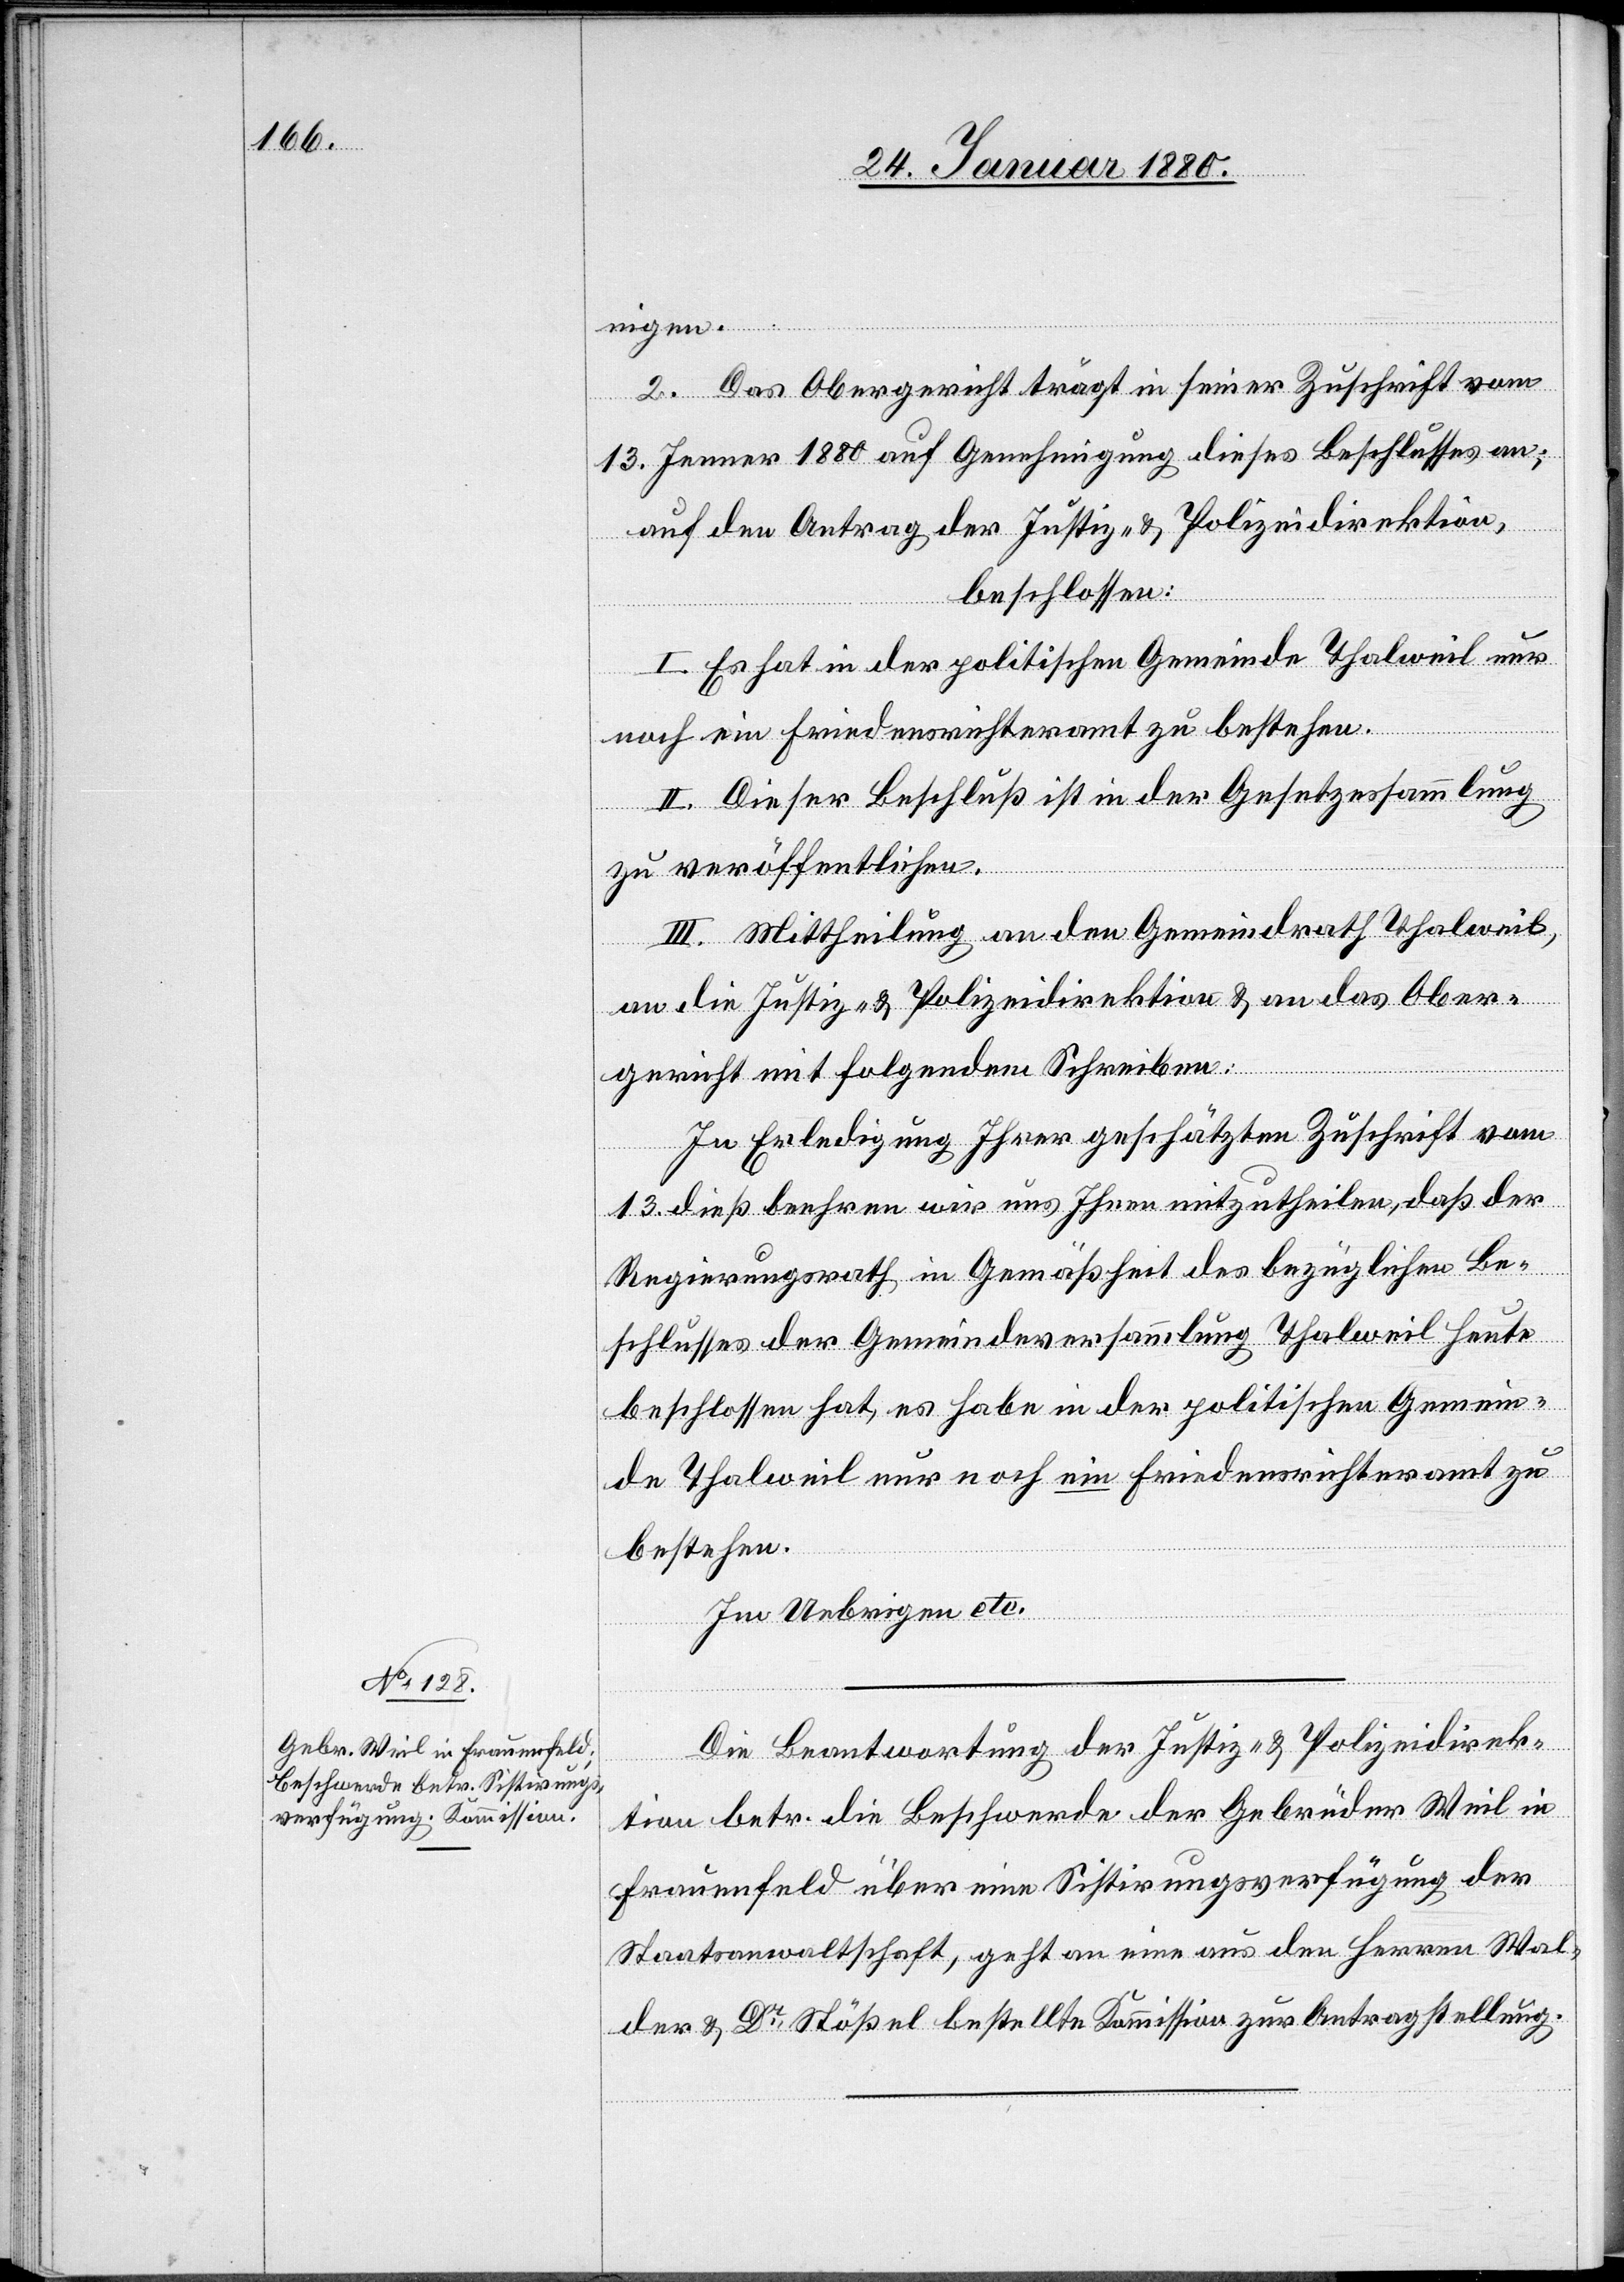
nigen.
2. Das Obergericht trägt in seiner Zuschrift vom
13. Jenner 1880 auf Genehmigung dieses Beschlusses an;
auf den Antrag der Justiz- & Polizeidirektion,
beschlossen:
I. Es hat in der politischen Gemeinde Thalweil nur
noch ein Friedensrichteramt zu bestehen.
II. Dieser Beschluß ist in der Gesetzessammlung
zu veröffentlichen.
III. Mittheilung an den Gemeindrath Thalweil,
an die Justiz- & Polizeidirektion & an das Ober¬
gericht mit folgendem Schreiben:
In Erledigung Ihrer geschätzten Zuschrift vom
13. dieß beehren wir uns Ihnen mitzutheilen, daß der
Regierungsrath in Gemäßheit des bezüglichen Be¬
schlusses der Gemeindeversammlung Thalweil heute
beschlossen hat, es habe in der politischen Gemein¬
de Thalweil nur noch ein Friedensrichteramt zu
bestehen.
Im Uebrigen etc.
Die Beantwortung der Justiz- & Polizeidirek¬
tion betr. die Beschwerde der Gebrüder Weil in
Frauenfeld über eine Sistirungsverfügung der
Staatsanwaltschaft, geht an eine aus den Herren Wal¬
der & Dr Stößel bestellte Kommission zur Antragstellung.